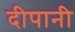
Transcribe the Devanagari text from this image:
दीपानी